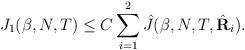
LaTeX: \begin{align*} J_1 (\beta,N,T) \leq C\sum_{i=1}^2 \hat J (\beta,N,T, \hat{\mathbf{R}}_i). \end{align*}